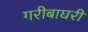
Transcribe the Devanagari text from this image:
गरीबाघरी